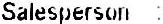
SALESPERSON :